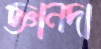
জ্ঞানদা